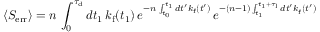
\langle S _ { \mathrm { e r r } } \rangle = n \, \int _ { 0 } ^ { \tau _ { \mathrm { d } } } d t _ { 1 } \, k _ { \mathrm { f } } ( t _ { 1 } ) \, e ^ { - n \, \int _ { t _ { 0 } } ^ { t _ { 1 } } d t ^ { \prime } k _ { \mathrm { f } } ( t ^ { \prime } ) } \, e ^ { - ( n - 1 ) \int _ { t _ { 1 } } ^ { t _ { 1 } + \tau _ { \mathrm { l } } } d t ^ { \prime } k _ { \mathrm { f } } ( t ^ { \prime } ) }